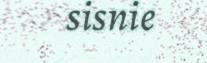
sisnie